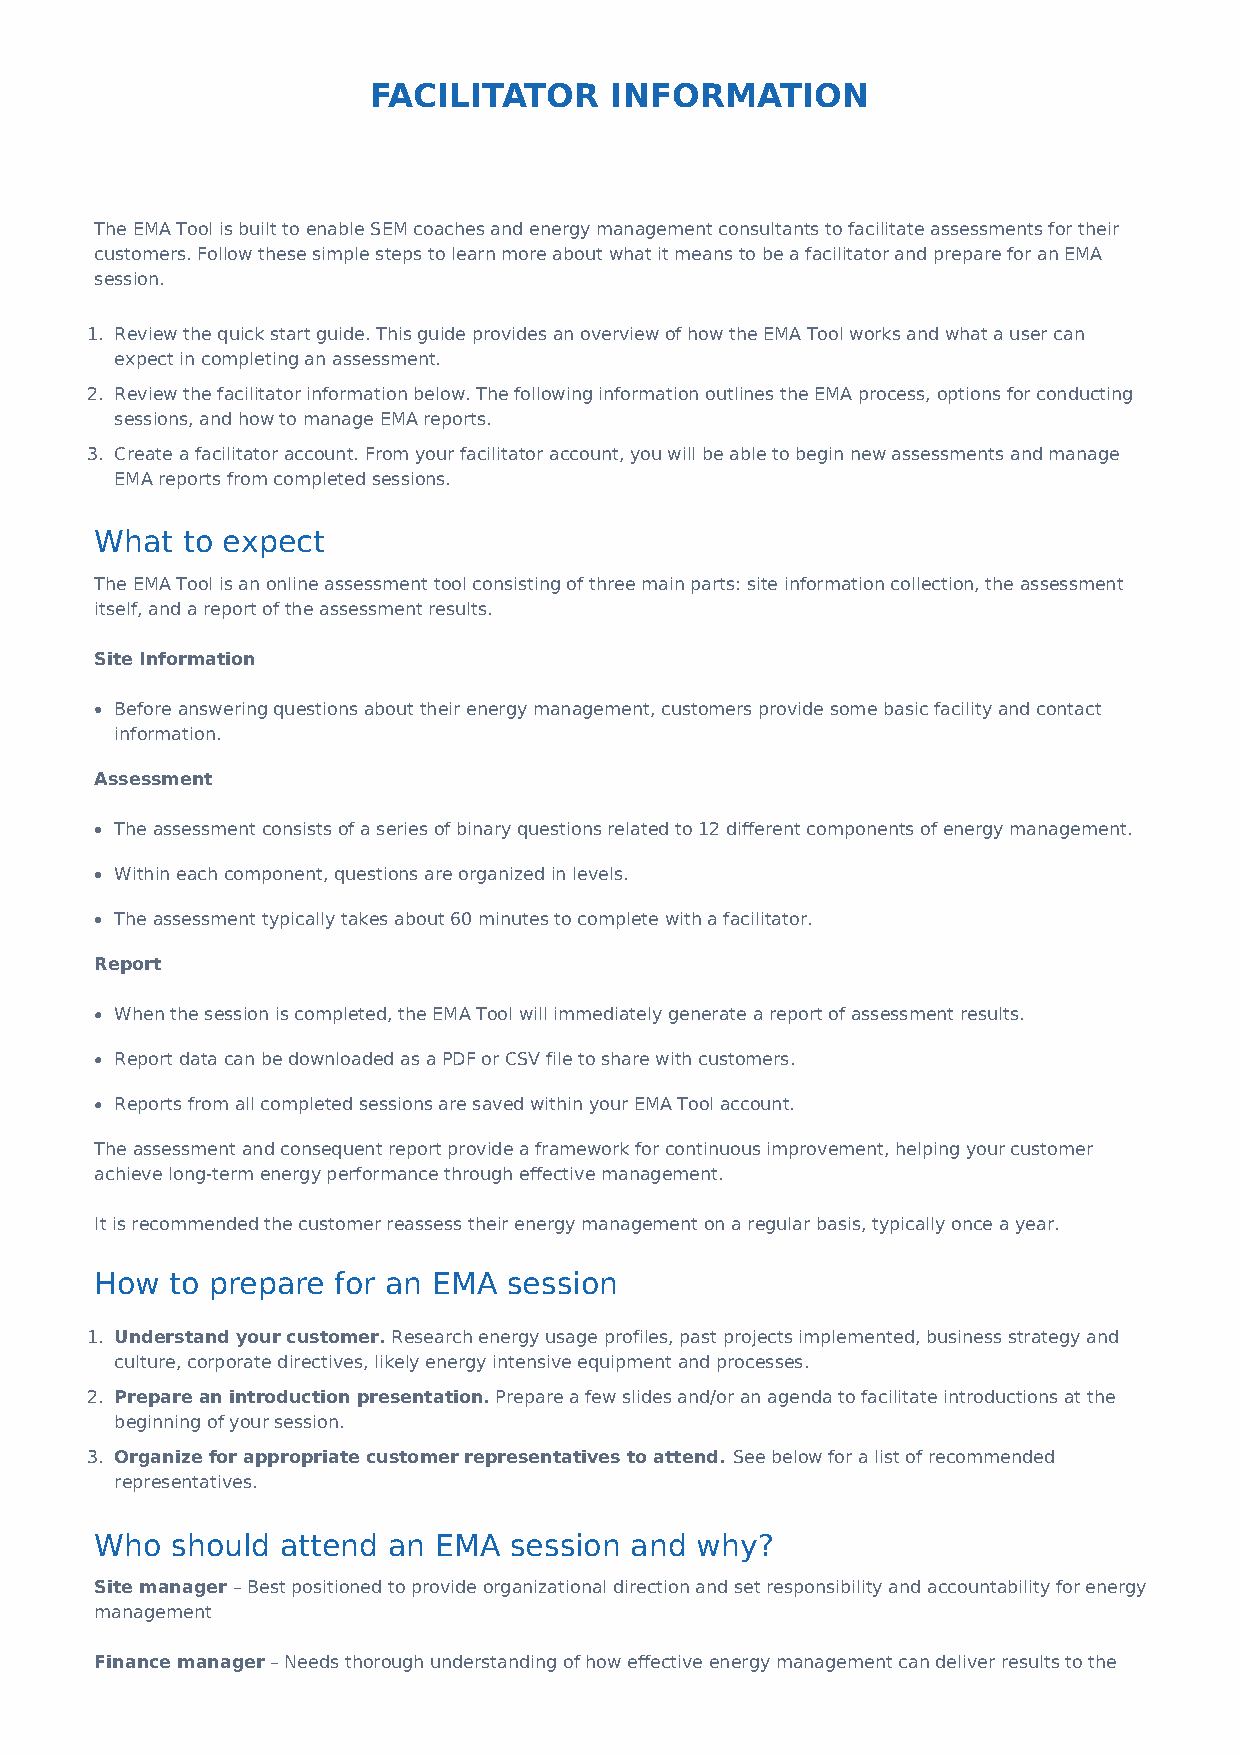
FACILITATOR     INFORMATION
 The EMA Tool is built to enable SEM coaches and energy management consultants to facilitate assessments for their
 customers. Follow these simple steps to learn more about what it means to be a facilitator and prepare for an EMA
 session.
 1. Review the quick start guide. This guide provides an overview of how the EMA Tool works and what a user can
 expect in completing an assessment.
 2. Review the facilitator information below. The following information outlines the EMA process, options for conducting
 sessions, and how to manage EMA reports.
 3. Create a facilitator account. From your facilitator account, you will be able to begin new assessments and manage
 EMA reports from completed sessions.
 What  to expect
 The EMA Tool is an online assessment tool consisting of three main parts: site information collection, the assessment
 itself, and a report of the assessment results.
 Site Information
 Before answering questions about their energy management, customers provide some basic facility and contact
 information.
 Assessment
 The assessment consists of a series of binary questions related to 12 different components of energy management.
 Within each component, questions are organized in levels.
 The assessment typically takes about 60 minutes to complete with a facilitator.
 Report
 When the session is completed, the EMA Tool will immediately generate a report of assessment results.
 Report data can be downloaded as a PDF or CSV file to share with customers.
 Reports from all completed sessions are saved within your EMA Tool account.
 The assessment and consequent report provide a framework for continuous improvement, helping your customer
 achieve long-term energy performance through effective management.
 It is recommended the customer reassess their energy management on a regular basis, typically once a year.
 How  to prepare for an EMA  session
 1. Understand your customer. Research energy usage profiles, past projects implemented, business strategy and
 culture, corporate directives, likely energy intensive equipment and processes.
 2. Prepare an introduction presentation. Prepare a few slides and/or an agenda to facilitate introductions at the
 beginning of your session.
 3. Organize for appropriate customer representatives to attend. See below for a list of recommended
 representatives.
 Who  should  attend an EMA  session and why?
 Site manager – Best positioned to provide organizational direction and set responsibility and accountability for energy
 management
 Finance manager – Needs thorough understanding of how effective energy management can deliver results to the